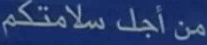
من أجل سلامتكم